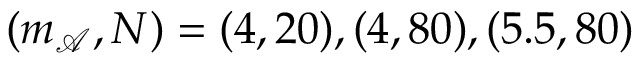
( m _ { \mathcal { A } } , N ) = ( 4 , 2 0 ) , ( 4 , 8 0 ) , ( 5 . 5 , 8 0 )